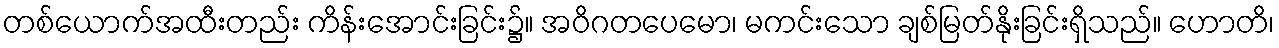
တစ်ယောက်အထီးတည်း ကိန်းအောင်းခြင်း၌။ အဝိဂတပေမော၊ မကင်းသော ချစ်မြတ်နိုးခြင်းရှိသည်။ ဟောတိ၊